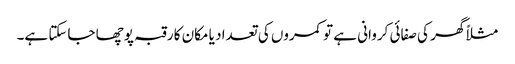
مثلاً گھر کی صفائی کروانی ہے تو کمروں کی تعداد یا مکان کا رقبہ پوچھا جاسکتا ہے۔